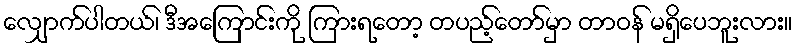
လျှောက်ပါတယ်၊ ဒီအကြောင်းကို ကြားရတော့ တပည့်တော်မှာ တာဝန် မရှိပေဘူးလား။